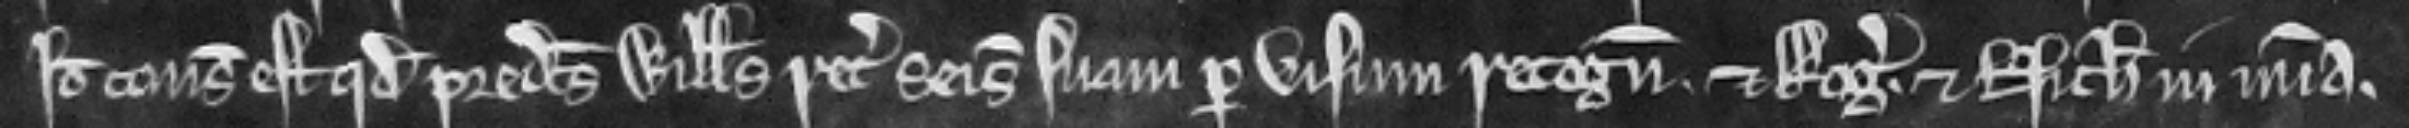
Ideo consideratum est quod predictus Willelmus recuperet seisinam suam per visum recognitorum et Rogerus et Nicholaus in misericordia.